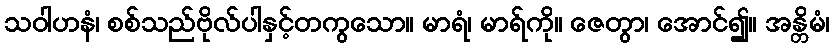
သဝါဟနံ၊ စစ်သည်ဗိုလ်ပါနှင့်တကွသော။ မာရံ၊ မာရ်ကို။ ဇေတွာ၊ အောင်၍။ အန္တိမံ၊